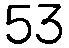
53